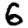
Digit: 6